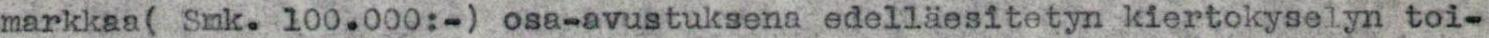
markkaa( Smk. 100.000:-) osa-avustuksena edelläesitetyn kiertokyselyn toi-